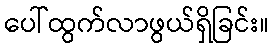
ပေါ်ထွက်လာဖွယ်ရှိခြင်း။